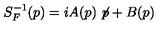
S _ { F } ^ { - 1 } ( p ) = i A ( p ) \not \! p + B ( p )